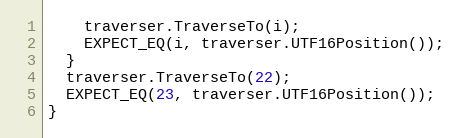
Language: C++
    traverser.TraverseTo(i);
    EXPECT_EQ(i, traverser.UTF16Position());
  }
  traverser.TraverseTo(22);
  EXPECT_EQ(23, traverser.UTF16Position());
}